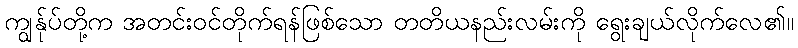
ကျွန်ုပ်တို့က အတင်းဝင်တိုက်ရန်ဖြစ်သော တတိယနည်းလမ်းကို ရွေးချယ်လိုက်လေ၏။